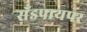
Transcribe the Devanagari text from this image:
सँडपायपर